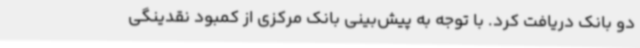
دو بانک‌ دریافت کرد. با توجه به پیش‌بینی بانک مرکزی از کمبود نقدینگی